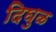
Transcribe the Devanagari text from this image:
दिघुळ